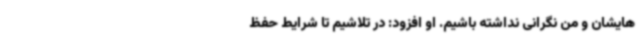
هایشان و من نگرانی نداشته باشیم. او افزود: در تلاشیم تا شرایط حفظ